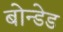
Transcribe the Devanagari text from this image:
बोन्‍डेड